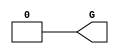
///////////////////////////////////////////////////////////////////////////////
// Copyright (c) 1995/2009 Xilinx, Inc.
// All Right Reserved.
///////////////////////////////////////////////////////////////////////////////
//   ____  ____
//  /   /\/   /
// /___/  \  /    Vendor : Xilinx
// \   \   \/     Version : 10.1
//  \   \         Description : Xilinx Functional Simulation Library Component
//  /   /                  GND Connection
// /___/   /\     Filename : GND.v
// \   \  /  \    Timestamp : Thu Mar 25 16:42:19 PST 2004
//  \___\/\___\
//
// Revision:
//    03/23/04 - Initial version.
//    05/23/07 - Changed timescale to 1 ps / 1 ps.

`timescale  1 ps / 1 ps


`celldefine

module GND(G);


`ifdef XIL_TIMING

    parameter LOC = "UNPLACED";

`endif

    output G;

    assign G = 1'b0;

endmodule

`endcelldefine